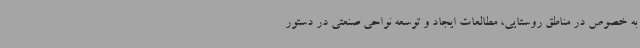
به خصوص در مناطق روستایی، مطالعات ایجاد و توسعه نواحی صنعتی در دستور